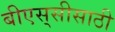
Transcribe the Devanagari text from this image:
बीएस्‌सीसाठी